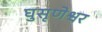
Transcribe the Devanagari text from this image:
घुसृणेश्वर